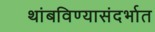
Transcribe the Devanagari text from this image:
थांबविण्यासंदर्भात